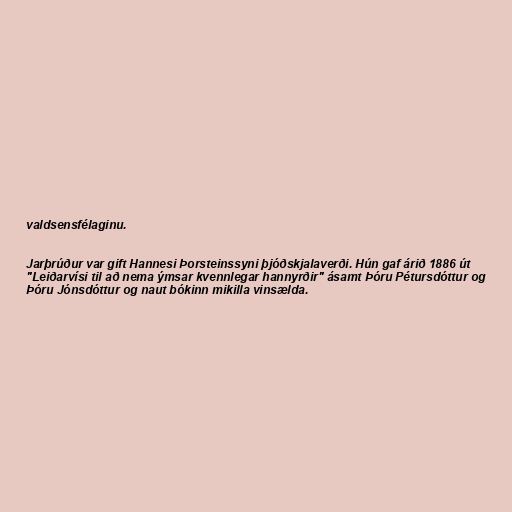
valdsensfélaginu.

Jarþrúður var gift Hannesi Þorsteinssyni þjóðskjalaverði. Hún gaf árið 1886 út
"Leiðarvísi til að nema ýmsar kvennlegar hannyrðir" ásamt Þóru Pétursdóttur og
Þóru Jónsdóttur og naut bókinn mikilla vinsælda.